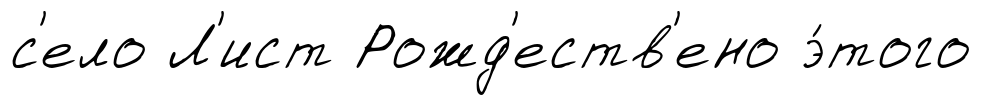
с'ело Л'ист Рожд'еств'ено э́того